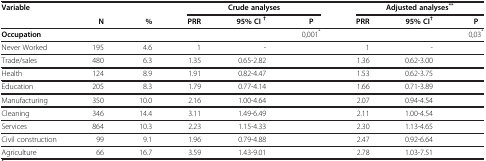
<table><thead><tr><td rowspan="2"><b>Variable</b></td><td><b> </b></td><td><b> </b></td><td colspan="3"><b>Crude analyses</b></td><td><b> </b></td><td colspan="2"><b>Adjusted analyses<sup>**</sup></b></td></tr><tr><td><b>N</b></td><td><b>%</b></td><td><b>PRR</b></td><td><b>95% CI <sup>†</sup></b></td><td><b>P</b></td><td><b>PRR</b></td><td><b>95% CI<sup>†</sup></b></td><td><b>P</b></td></tr></thead><tbody><tr><td><b>Occupation</b></td><td> </td><td> </td><td> </td><td> </td><td>0,001<sup>*</sup></td><td> </td><td> </td><td>0,03<sup>*</sup></td></tr><tr><td>Never Worked</td><td>195</td><td>4.6</td><td>1</td><td>-</td><td> </td><td>1</td><td>-</td><td> </td></tr><tr><td>Trade/sales</td><td>480</td><td>6.3</td><td>1.35</td><td>0.65-2.82</td><td> </td><td>1.36</td><td>0.62-3.00</td><td> </td></tr><tr><td>Health</td><td>124</td><td>8.9</td><td>1.91</td><td>0.82-4.47</td><td> </td><td>1.53</td><td>0.62-3.75</td><td> </td></tr><tr><td>Education</td><td>205</td><td>8.3</td><td>1.79</td><td>0.77-4.14</td><td> </td><td>1.66</td><td>0.71-3.89</td><td> </td></tr><tr><td>Manufacturing</td><td>350</td><td>10.0</td><td>2.16</td><td>1.00-4.64</td><td> </td><td>2.07</td><td>0.94-4.54</td><td> </td></tr><tr><td>Cleaning</td><td>346</td><td>14.4</td><td>3.11</td><td>1.49-6.49</td><td> </td><td>2.11</td><td>1.00-4.54</td><td> </td></tr><tr><td>Services</td><td>864</td><td>10.3</td><td>2.23</td><td>1.15-4.33</td><td> </td><td>2.30</td><td>1.13-4.65</td><td> </td></tr><tr><td>Civil construction</td><td>99</td><td>9.1</td><td>1.96</td><td>0.79-4.88</td><td> </td><td>2.47</td><td>0.92-6.64</td><td> </td></tr><tr><td>Agriculture</td><td>66</td><td>16.7</td><td>3.59</td><td>1.43-9.01</td><td> </td><td>2.78</td><td>1.03-7.51</td><td> </td></tr></tbody></table>